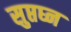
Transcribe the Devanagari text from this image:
सुप्तघ्न